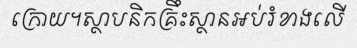
ក្រោយ។ស្ថាបនិកគ្រឹះស្ថានអប់រំខាងលើ